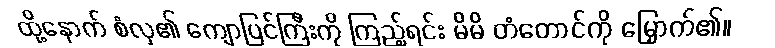
ထို့နောက် စံလှ၏ ကျောပြင်ကြီးကို ကြည့်ရင်း မိမိ တံတောင်ကို မြှောက်၏။